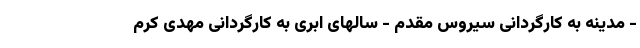
- مدینه به کارگردانی سیروس مقدم - سالهای ابری به کارگردانی مهدی کرم